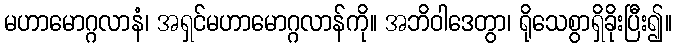
မဟာမောဂ္ဂလာနံ၊ အရှင်မဟာမောဂ္ဂလာန်ကို။ အဘိဝါဒေတွာ၊ ရိုသေစွာရှိခိုးပြီး၍။